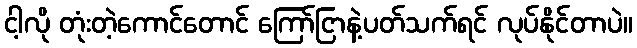
ငါ့လို တုံးတဲ့ကောင်တောင် ကြော်ငြာနဲ့ပတ်သက်ရင် လုပ်နိုင်တာပဲ။